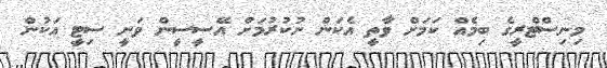
މިނިސްޓްރީގެ ބިމެއް ކަމަށް ވާތީ އެކަން ނުކުރުމަށް އޭސީސީން ވަނީ ސިޓީ އަކުން